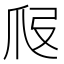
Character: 𤓷